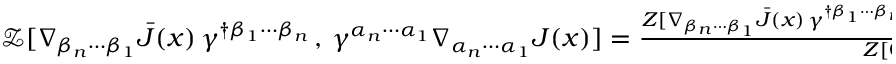
\begin{array} { r } { \mathcal { Z } [ \nabla _ { \beta _ { n } \cdots \beta _ { 1 } } \bar { J } ( x ) \, \gamma ^ { \dagger \beta _ { 1 } \cdots \beta _ { n } } \, , \, \gamma ^ { \alpha _ { n } \cdots \alpha _ { 1 } } \nabla _ { \alpha _ { n } \cdots \alpha _ { 1 } } J ( x ) ] = \frac { Z [ \nabla _ { \beta _ { n } \cdots \beta _ { 1 } } \bar { J } ( x ) \, \gamma ^ { \dagger \beta _ { 1 } \cdots \beta _ { n } } \, , \, \gamma ^ { \alpha _ { n } \cdots \alpha _ { 1 } } \nabla _ { \alpha _ { n } \cdots \alpha _ { 1 } } J ( x ) ] } { Z [ 0 , 0 ] } \, . } \end{array}